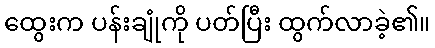
ထွေးက ပန်းချုံကို ပတ်ပြီး ထွက်လာခဲ့၏။